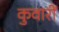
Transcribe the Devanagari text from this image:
कुवारीं